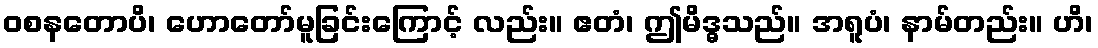
ဝစနတောပိ၊ ဟောတော်မူခြင်းကြောင့် လည်း။ ဧတံ၊ ဤမိဒ္ဓသည်။ အရူပံ၊ နာမ်တည်း။ ဟိ၊